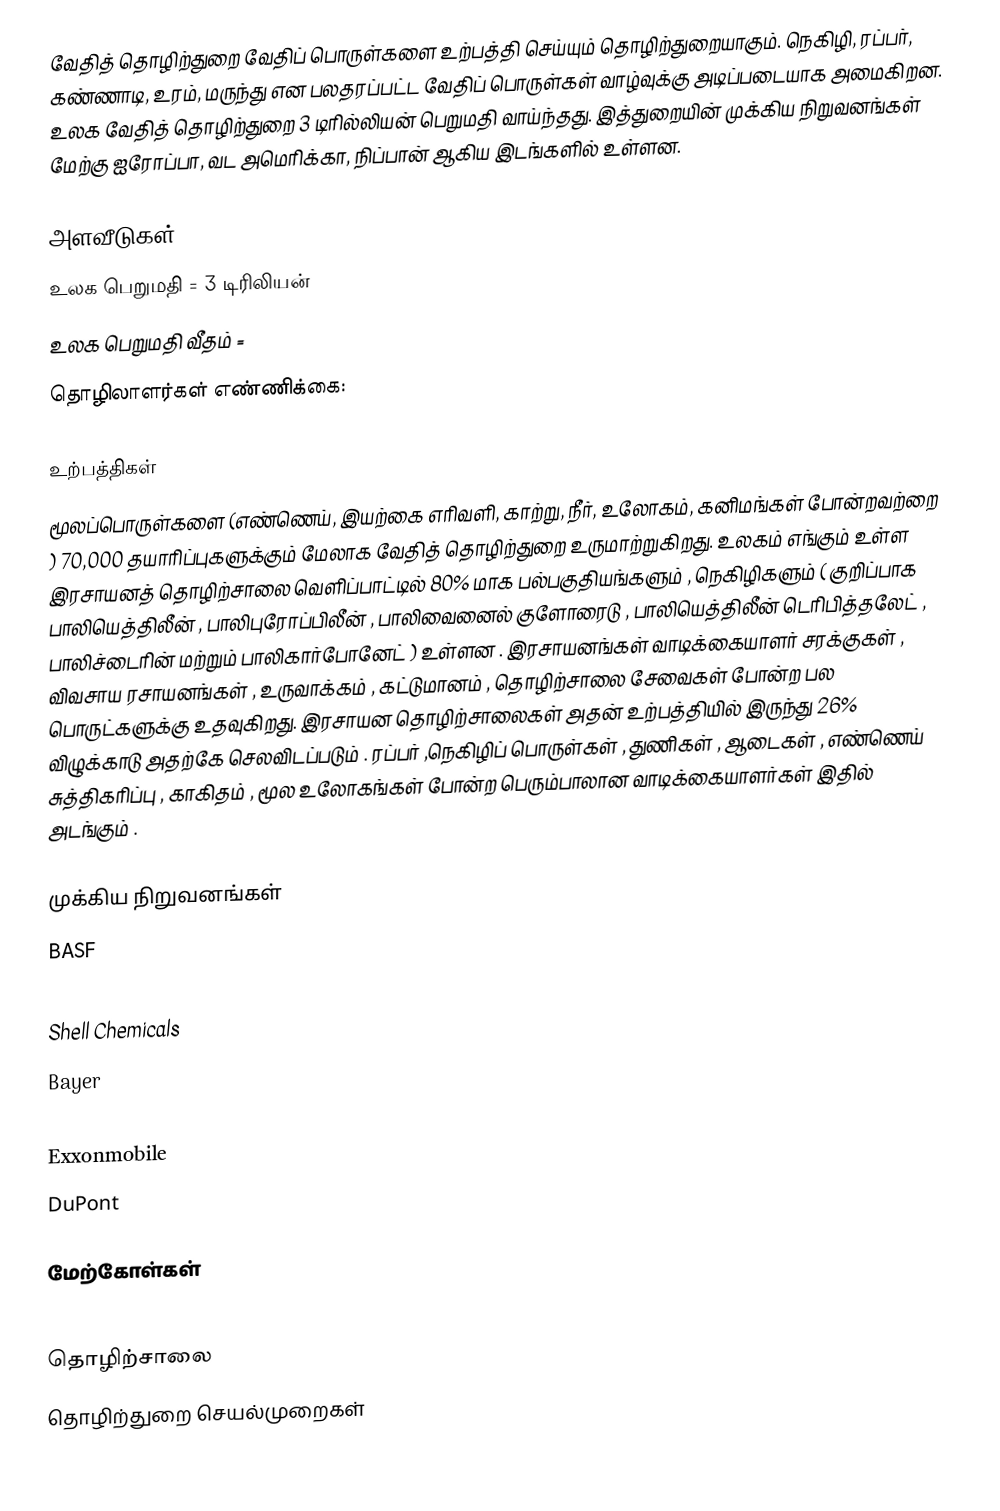
வேதித் தொழிற்துறை வேதிப் பொருள்களை உற்பத்தி செய்யும் தொழிற்துறையாகும்.  நெகிழி, ரப்பர், கண்ணாடி, உரம், மருந்து என பலதரப்பட்ட வேதிப் பொருள்கள் வாழ்வுக்கு அடிப்படையாக அமைகிறன.  உலக வேதித் தொழிற்துறை 3 டிரில்லியன் பெறுமதி வாய்ந்தது.  இத்துறையின் முக்கிய நிறுவனங்கள் மேற்கு ஐரோப்பா, வட அமெரிக்கா, நிப்பான் ஆகிய இடங்களில் உள்ளன.

அளவீடுகள்
 உலக பெறுமதி = 3 டிரிலியன்
 உலக பெறுமதி வீதம் =
 தொழிலாளர்கள் எண்ணிக்கை:

உற்பத்திகள்
மூலப்பொருள்களை (எண்ணெய், இயற்கை எரிவளி, காற்று, நீர், உலோகம், கனிமங்கள் போன்றவற்றை ) 70,000 தயாரிப்புகளுக்கும் மேலாக வேதித் தொழிற்துறை உருமாற்றுகிறது.  உலகம் எங்கும் உள்ள இரசாயனத் தொழிற்சாலை வெளிப்பாட்டில் 80% மாக பல்பகுதியங்களும் , நெகிழிகளும் ( குறிப்பாக பாலியெத்திலீன் , பாலிபுரோப்பிலீன் , பாலிவைனைல் குளோரைடு , பாலியெத்திலீன் டெரிபித்தலேட் , பாலிச்டைரின் மற்றும் பாலிகார்போனேட் ) உள்ளன . இரசாயனங்கள் வாடிக்கையாளர் சரக்குகள் , விவசாய ரசாயனங்கள் , உருவாக்கம் , கட்டுமானம் , தொழிற்சாலை சேவைகள் போன்ற பல பொருட்களுக்கு உதவுகிறது. இரசாயன தொழிற்சாலைகள் அதன் உற்பத்தியில் இருந்து 26% விழுக்காடு அதற்கே செலவிடப்படும் . ரப்பர் ,நெகிழிப் பொருள்கள் , துணிகள் , ஆடைகள் , எண்ணெய் சுத்திகரிப்பு , காகிதம் , மூல உலோகங்கள் போன்ற பெரும்பாலான வாடிக்கையாளர்கள் இதில் அடங்கும் .

முக்கிய நிறுவனங்கள்
 BASF
 Dow Chemical
 Shell Chemicals
 Bayer
 INEOS
 Exxonmobile
 DuPont

மேற்கோள்கள்

தொழிற்சாலை
தொழிற்துறை செயல்முறைகள்